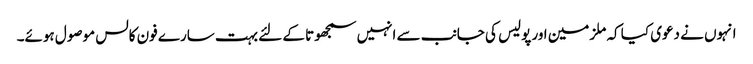
انہوں نے دعوی کیا کہ ملزمین اور پولیس کی جانب سے انہیں سمجھوتا کے لئے بہت سارے فون کالس موصول ہوئے۔